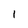
Character: I